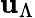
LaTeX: \mathbf{u}_{\Lambda}